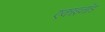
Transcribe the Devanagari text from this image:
एकाइनॉड